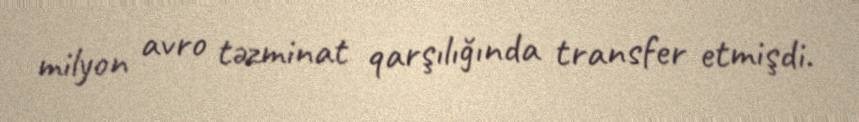
milyon avro təzminat qarşılığında transfer etmişdi.